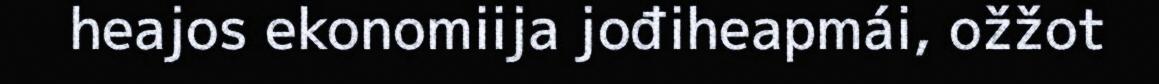
heajos ekonomiija jođiheapmái, ožžot